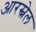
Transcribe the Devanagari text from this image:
आरस्नेल